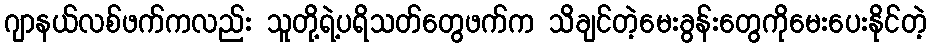
ဂျာနယ်လစ်ဖက်ကလည်း သူတို့ရဲ့ပရိသတ်တွေဖက်က သိချင်တဲ့မေးခွန်းတွေကိုမေးပေးနိုင်တဲ့